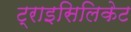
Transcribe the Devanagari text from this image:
ट्राइसिलिकेट